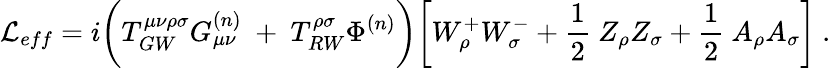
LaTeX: {\cal L}_{eff}=i\bigg(T_{GW}^{\mu\nu\rho\sigma}G_{\mu\nu}^{(n)}~+~T_{RW}^{\rho\sigma}\Phi^{(n)}\bigg)\bigg[W_{\rho}^{+}W_{\sigma}^{-}+\frac{1}{2}~Z_{\rho}Z_{\sigma}+\frac{1}{2}~A_{\rho}A_{\sigma}\bigg]\ .